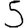
Digit: 5